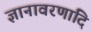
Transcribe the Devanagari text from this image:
ज्ञानावरणादि